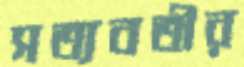
সত্যবতীর